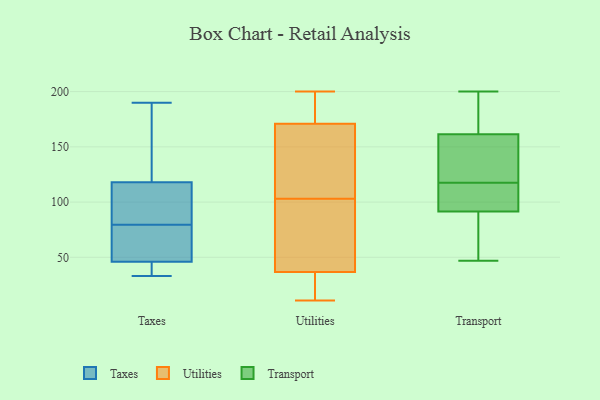
{"axis": {"x": "Shipments", "y": "Value"}, "legend": ["Taxes", "Transport", "Utilities"], "data": [{"x": "", "y": 61, "type": "Taxes"}, {"x": "", "y": 110, "type": "Taxes"}, {"x": "", "y": 100, "type": "Taxes"}, {"x": "", "y": 82, "type": "Taxes"}, {"x": "", "y": 139, "type": "Taxes"}, {"x": "", "y": 43, "type": "Taxes"}, {"x": "", "y": 118, "type": "Taxes"}, {"x": "", "y": 33, "type": "Taxes"}, {"x": "", "y": 190, "type": "Taxes"}, {"x": "", "y": 147, "type": "Taxes"}, {"x": "", "y": 156, "type": "Taxes"}, {"x": "", "y": 36, "type": "Taxes"}, {"x": "", "y": 50, "type": "Taxes"}, {"x": "", "y": 65, "type": "Taxes"}, {"x": "", "y": 34, "type": "Taxes"}, {"x": "", "y": 77, "type": "Taxes"}, {"x": "", "y": 46, "type": "Taxes"}, {"x": "", "y": 110, "type": "Taxes"}, {"x": "", "y": 169, "type": "Utilities"}, {"x": "", "y": 113, "type": "Utilities"}, {"x": "", "y": 200, "type": "Utilities"}, {"x": "", "y": 25, "type": "Utilities"}, {"x": "", "y": 40, "type": "Utilities"}, {"x": "", "y": 163, "type": "Utilities"}, {"x": "", "y": 189, "type": "Utilities"}, {"x": "", "y": 185, "type": "Utilities"}, {"x": "", "y": 177, "type": "Utilities"}, {"x": "", "y": 103, "type": "Utilities"}, {"x": "", "y": 27, "type": "Utilities"}, {"x": "", "y": 16, "type": "Utilities"}, {"x": "", "y": 71, "type": "Utilities"}, {"x": "", "y": 50, "type": "Utilities"}, {"x": "", "y": 11, "type": "Utilities"}, {"x": "", "y": 42, "type": "Utilities"}, {"x": "", "y": 120, "type": "Utilities"}, {"x": "", "y": 108, "type": "Transport"}, {"x": "", "y": 47, "type": "Transport"}, {"x": "", "y": 77, "type": "Transport"}, {"x": "", "y": 200, "type": "Transport"}, {"x": "", "y": 179, "type": "Transport"}, {"x": "", "y": 168, "type": "Transport"}, {"x": "", "y": 120, "type": "Transport"}, {"x": "", "y": 115, "type": "Transport"}, {"x": "", "y": 155, "type": "Transport"}, {"x": "", "y": 115, "type": "Transport"}, {"x": "", "y": 180, "type": "Transport"}, {"x": "", "y": 53, "type": "Transport"}, {"x": "", "y": 49, "type": "Transport"}, {"x": "", "y": 155, "type": "Transport"}, {"x": "", "y": 106, "type": "Transport"}, {"x": "", "y": 142, "type": "Transport"}]}